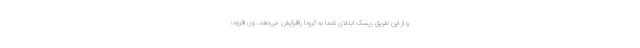
و از این طریق ریسک ابتلای شما به کرونا راافزایش می‌دهد. وی افزود: